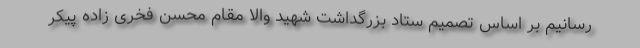
رسانیم بر اساس تصمیم ستاد بزرگداشت شهید والا مقام محسن فخری زاده پیکر